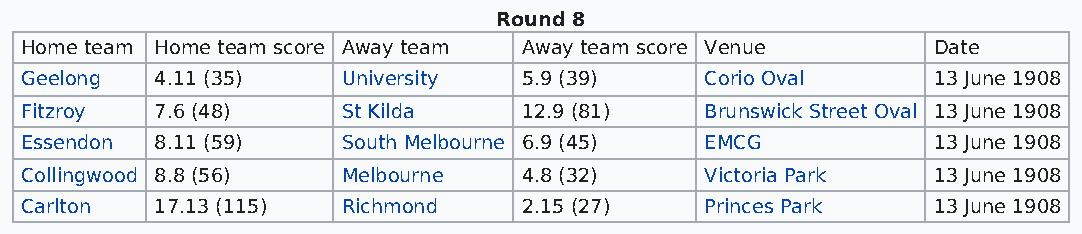
Round 8
 Home team Home team score Away team Away team score Venue    Date
 Geelong  4.11 (35)    University  5.9 (39)    Corio Oval     13 June 1908
 Fitzroy  7.6 (48)     St Kilda    12.9 (81)   Brunswick Street Oval 13 June 1908
 Essendon 8.11 (59)    South Melbourne 6.9 (45) EMCG          13 June 1908
 Collingwood 8.8 (56)  Melbourne   4.8 (32)    Victoria Park  13 June 1908
 Carlton  17.13 (115)  Richmond    2.15 (27)   Princes Park   13 June 1908